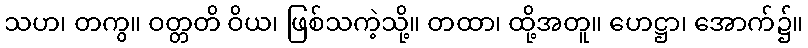
သဟ၊ တကွ။ ဝတ္တတိ ဝိယ၊ ဖြစ်သကဲ့သို့။ တထာ၊ ထို့အတူ။ ဟေဋ္ဌာ၊ အောက်၌။